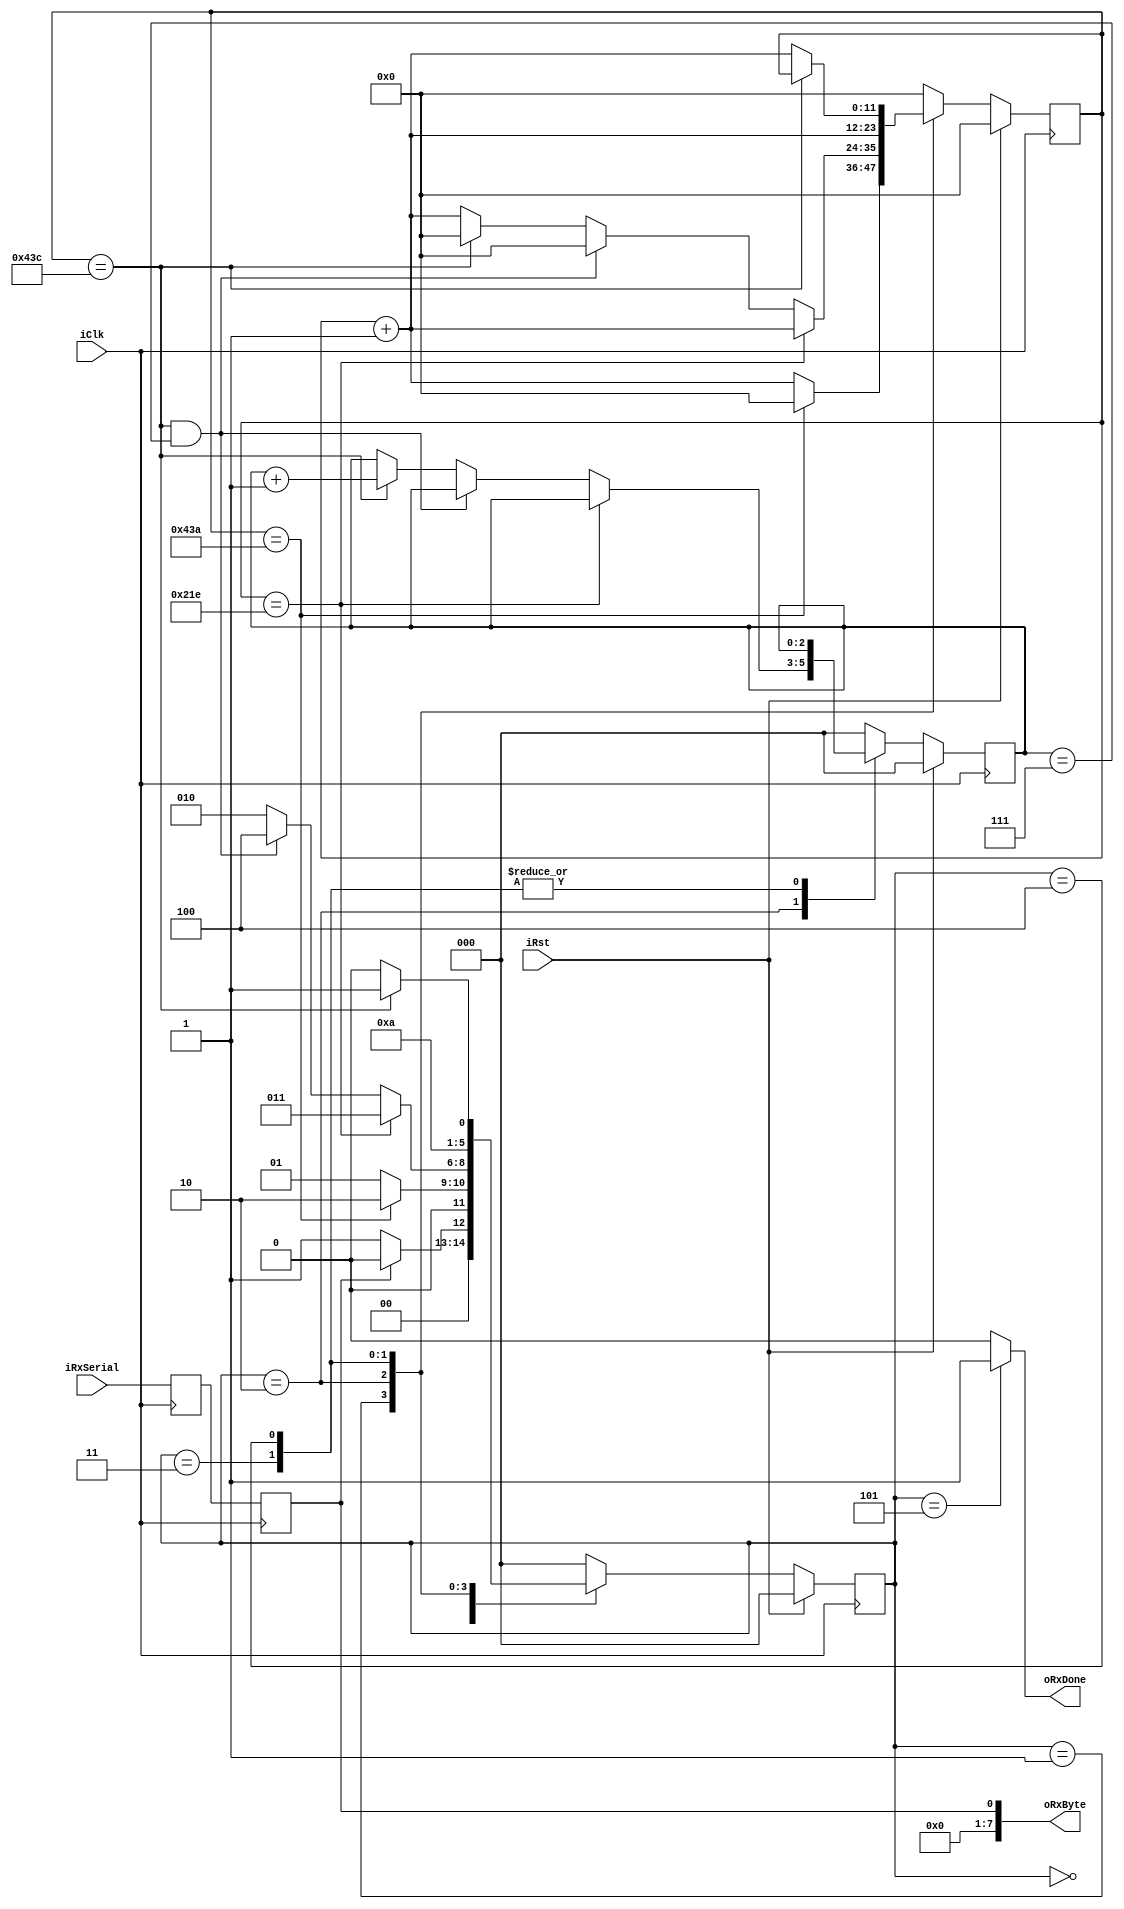
`timescale 1ns / 1ps
//////////////////////////////////////////////////////////////////////////////////
// Company:
// Engineer:
//
// Design Name:
// Module Name: uart_rx
// Project Name:
// Target Devices:
// Tool Versions:
// Description:
//
// Dependencies:
//
// Revision:
// Revision 0.01 - File Created
// Additional Comments:
//
//////////////////////////////////////////////////////////////////////////////////


module uart_rx #(
  parameter   CLK_FREQ      = 125_000_000,
  parameter   BAUD_RATE     = 115_200,
  // Example: 125 MHz Clock / 115200 baud UART -> CLKS_PER_BIT = 1085
  parameter   CLKS_PER_BIT  = CLK_FREQ / BAUD_RATE
)
(
  input wire        iClk, iRst,
  input wire        iRxSerial,
  output wire [7:0] oRxByte,
  output wire       oRxDone
);


    // states (5)
    localparam SIDLE = 3'b000;
    localparam RXSTART = 3'b001;
    localparam RXDATA = 3'b010;
    localparam RXSAMPLE = 3'b011;
    localparam RXSTOP = 3'b100;
    localparam SDONE = 3'b101;

    //4: registers + state register
    reg[2:0] rBitCountCurrent, wBitCountNext;
    reg rDataCurrent1, rDataCurrent2;
    reg [2:0] rCurrentState, wNextState;
    reg [$clog2(CLKS_PER_BIT - 1):  0] rCntClockCurrent, wCntClockNext;
    reg [7:0] rBufferCurrent, wBufferNext;

    always @(posedge iClk) begin
            // double reg to for metastability issue.
            rDataCurrent1 <= iRxSerial;
            rDataCurrent2 <= rDataCurrent1;
        if (iRst) begin
            rBitCountCurrent <= 0;
            rCurrentState <= SIDLE;
            rCntClockCurrent <= 0;
            rBufferCurrent <=0 ;
        end
        else begin
            rBitCountCurrent <= wBitCountNext;
            rCurrentState <= wNextState;
            rCntClockCurrent <= wCntClockNext;
            rBufferCurrent <=wBufferNext;
        end
    end

    // next state logic
// next state logic
always @(*) begin
    case (rCurrentState)
        SIDLE: begin
            wBitCountNext = 0;
            wCntClockNext = 0;
            wBufferNext = 0;

            if (rDataCurrent2 == 0) begin
                wNextState = RXSTART;
                
            end
            else begin
                wNextState = SIDLE;
            end
        end

        RXSTART: begin
            wBufferNext = rBufferCurrent;
            wBitCountNext = 0;
            if (rCntClockCurrent == CLKS_PER_BIT - 3) begin
                wNextState = RXDATA;
                wCntClockNext = 0;
            end
            else begin 
                wNextState = RXSTART;
                wCntClockNext = rCntClockCurrent + 1;
            end
        end

        RXDATA: begin
            wBufferNext = rBufferCurrent;

            if (rCntClockCurrent == (CLKS_PER_BIT - 1) /2 ) begin // sample data
                wNextState = RXSAMPLE;
                wCntClockNext = rCntClockCurrent + 1;
                wBitCountNext = rBitCountCurrent;
            end
            else if (
                rCntClockCurrent == CLKS_PER_BIT - 1 && rBitCountCurrent == 7
                ) begin // byte transfer done
                wNextState = RXSTOP;
                wCntClockNext = 0;
                wBitCountNext = rBitCountCurrent; // should it be incremented? not sure!
            end
            else if (
                rCntClockCurrent == CLKS_PER_BIT - 1
            ) begin // cycles per bit reached
                wNextState <= RXDATA;
                wBitCountNext <= rBitCountCurrent + 1;
                wCntClockNext <= 0;
            end
            else begin  // just counting, no case reached.
                wNextState <= RXDATA;
                wBitCountNext <= rBitCountCurrent;
                wCntClockNext <= rCntClockCurrent + 1;
            end
        end

        RXSAMPLE: begin
            wCntClockNext <= rCntClockCurrent + 1;
            wBitCountNext <= rBitCountCurrent;
            wNextState <= RXDATA;
            wBufferNext <= {rDataCurrent2, rBufferCurrent[7:1]}; // LSB is at end (right most side)
        end

        RXSTOP: begin
            wBitCountNext <= rBitCountCurrent;
            wBufferNext <= rBufferCurrent;

            if (rCntClockCurrent == CLKS_PER_BIT - 1) begin
                wNextState <= SDONE;
                wCntClockNext <= rCntClockCurrent;
            end
            else begin
                wNextState <= RXSTOP;
                wCntClockNext <= rCntClockCurrent + 1;
            end
        end

        SDONE: begin
            wBitCountNext <= 0;
            wCntClockNext <= 0;
            wBufferNext <= rBufferCurrent;
            wNextState <= SIDLE;
        end

        default: begin
            wBitCountNext <= 0;
            wCntClockNext <= 0;
            wBufferNext <= rBufferCurrent;
            wNextState <= SIDLE;
        end
    endcase
end


 


    // output logic
    assign oRxByte = rDataCurrent2;
    assign oRxDone = (rCurrentState == SDONE) ? 1 : 0;


endmodule